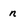
Character: n